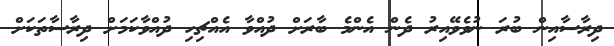
ދިރާސާއިން ބުރަ ނުވެވޭއިރު ދެން އެންމެ ބާރަށް ދުއްވާ އެއްޗިހި ދުއްވާކަމަށް ދިރާސާތަކަށް